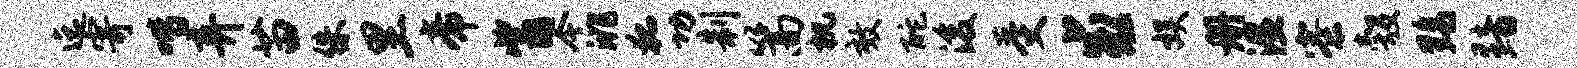
迄寄喈弃苗侏里帝觜今洮狐功制篙机效酡浚受求娱册湿寮彀黝黯